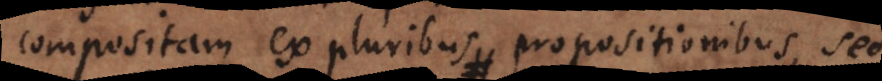
compositam ex pluribus propositionibus, sed